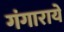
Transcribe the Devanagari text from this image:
गंगाराये